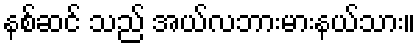
နစ်ဆင် သည် အယ်လဘားမားနယ်သား။